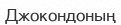
Джокондоның